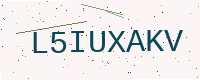
Text: L5IUXAKV